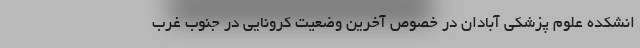
انشکده علوم پزشکی آبادان در خصوص آخرین وضعیت کرونایی در جنوب غرب